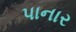
પાનાર